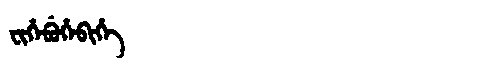
Manchu: ᠸᡳᡥᡝᠪᡠᡥᡝᠪᡳᡥᡝ
Romanization: FIHEBUHEBIHE